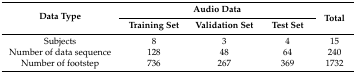
<table><thead><tr><td rowspan="2"><b>Data Type</b></td><td colspan="3"><b>Audio Data</b></td><td rowspan="2"><b>Total</b></td></tr><tr><td><b>Training Set</b></td><td><b>Validation Set</b></td><td><b>Test Set</b></td></tr></thead><tbody><tr><td>Subjects</td><td>8</td><td>3</td><td>4</td><td>15</td></tr><tr><td>Number of data sequence</td><td>128</td><td>48</td><td>64</td><td>240</td></tr><tr><td>Number of footstep</td><td>736</td><td>267</td><td>369</td><td>1732</td></tr></tbody></table>